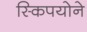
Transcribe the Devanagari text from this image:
स्किपयोने